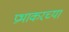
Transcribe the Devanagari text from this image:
प्रभाकरच्या